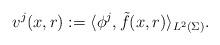
LaTeX: \begin{align*} v^j(x,r) := \langle \phi^j, \tilde{f}(x,r)\rangle_{L^{2}(\Sigma)}. \end{align*}